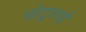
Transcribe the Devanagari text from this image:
छोटूताई